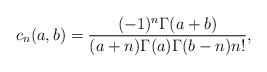
LaTeX: \begin{align*}c_n(a,b)=\frac{(-1)^n\Gamma(a+b)}{(a+n)\Gamma(a)\Gamma(b-n)n!},\end{align*}